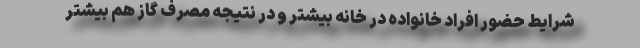
شرایط حضور افراد خانواده در خانه بیشتر و در نتیجه مصرف گاز هم بیشتر